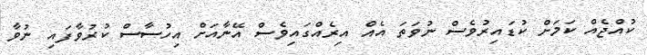
ކުއްޖެއް ކަމަށް ކުޑައިރުވެސް ނުވަތަ އެއް އިރެއްގައިވެސް އޭނާއަށް އިހުސާސް ކުރުވާފައި ނުވާ